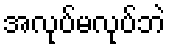
အလုပ်မလုပ်ဘဲ